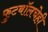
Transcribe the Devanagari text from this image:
फुटबॉलचेही